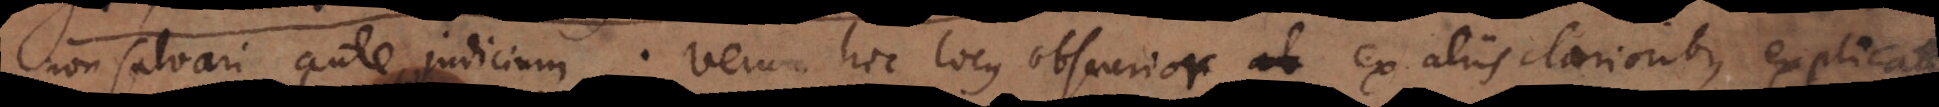
non salvari ante judicium; verum hoc locus obscurior ex aliis clarioribus explicatur,